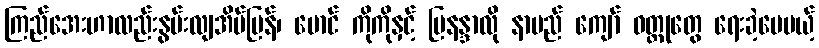
ကြည်အေးဟာလည်းနွမ်းလျအိမ်ပြန်၊ မောင် ကိုကိုနှင့် မြနန္ဒာလို နာမည် ကျော် ဝတ္ထုတွေ ရေးခဲ့ပေမယ့်